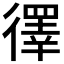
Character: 𪫙